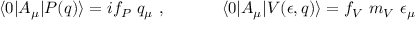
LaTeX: \langle 0 | A _ { \mu } | P ( q ) \rangle = i f _ { P } ~ q _ { \mu } ~ , ~ ~ ~ ~ ~ ~ ~ ~ ~ ~ \langle 0 | A _ { \mu } | V ( \epsilon , q ) \rangle = f _ { V } ~ m _ { V } ~ \epsilon _ { \mu }